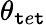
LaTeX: \theta_{\mathtt{t}e\mathtt{t}}